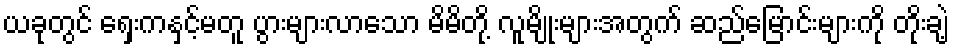
ယခုတွင် ရှေးကနှင့်မတူ ပွားများလာသော မိမိတို့ လူမျိုးများအတွက် ဆည်မြောင်းများကို တိုးချဲ့